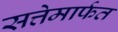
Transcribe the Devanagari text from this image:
सत्तेमार्फत